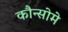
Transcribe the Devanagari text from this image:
कौन्सोमे